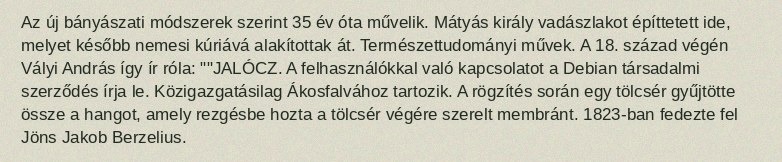
Az új bányászati módszerek szerint 35 év óta művelik. Mátyás király vadászlakot építtetett ide, melyet később nemesi kúriává alakítottak át. Természettudományi művek. A 18. század végén Vályi András így ír róla: ""JALÓCZ. A felhasználókkal való kapcsolatot a Debian társadalmi szerződés írja le. Közigazgatásilag Ákosfalvához tartozik. A rögzítés során egy tölcsér gyűjtötte össze a hangot, amely rezgésbe hozta a tölcsér végére szerelt membránt. 1823-ban fedezte fel Jöns Jakob Berzelius.